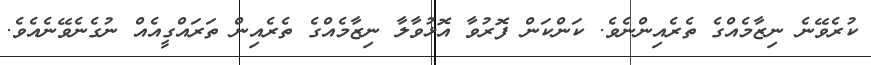
ކުރެވޭނެ ނިޒާމެއްގެ ތެރެއިންނެވެ. ކަންކަން ފޮރުވާ އޮޅުވާލާ ނިޒާމެއްގެ ތެރެއިން ތަރައްގީއެއް ނުގެނެވޭނެއެވެ.